Report of the Indian Hemp Drugs Commission, 1894-1895 - Volume VI
Year: 1894
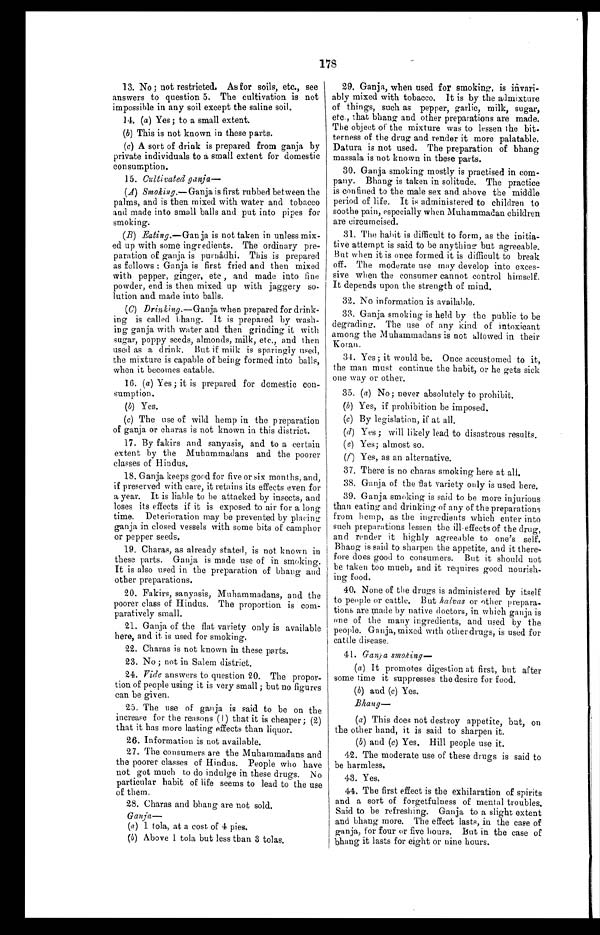
178
13. No ; not restricted. As for soils, etc., see
answers to question 5. The cultivation is not
impossible in any soil except the saline soil.
14. (a) Yes ; to a small extent.
(b) This is not known in these parts.
(c) A sort of drink is prepared from ganja by
private individuals to a small extent for domestic
consumption.
15. Cultivated ganja—
(A)
Smoking.—Ganja is first rubbed between the
palms, and is then mixed with water and tobacco
and made into small balls and put into pipes for
smoking.
(B)
Eating.—Ganja is not taken in unless mix-
ed up with some ingredients. The ordinary pre-
paration of ganja is purnâdhi. This is prepared
as follows : Ganja is first fried and then mixed
with pepper, ginger, etc , and made into fine
powder, end is then mixed up with jaggery so--
lution and made into balls.
(C)
Drinking.—Ganja when prepared for drink--
ing is called bhang. It is prepared by wash-
ing ganja with water and then grinding it with
sugar, poppy seeds, almonds, milk, etc., and then
used as a drink. But if milk is sparingly used,
the mixture is capable of being formed into balls,
when it becomes eatable.
16. (a) Yes ; it is prepared for domestic con--
sumption.
(b) Yes.
(c) The use of wild hemp in the preparation
of ganja or charas is not known in this district.
17. By fakirs and sanyasis, and to a certain
extent by the Muhammadans and the poorer
classes of Hindus.
18. Ganja keeps good for five or six months, and,
if preserved with care, it retains its effects even for
a year. It is liable to be attacked by insects, and
loses its effects if it is exposed to air for a long
time. Deterioration may be prevented by placing
ganja in closed vessels with some bits of camphor
or pepper seeds.
19. Charas, as already stated, is not known in
these parts. Ganja is made use of in smoking.
It is also used in the preparation of bhang and
other preparations.
20. Fakirs, sanyasis, Muhammadans, and the
poorer class of Hindus. The proportion is com-
paratively small.
21. Ganja of the flat variety only is available
here, and it is used for smoking.
22. Charas is not known in these parts.
23. No ; not in Salem district.
24. Vide answers to question 20. The propor-
tion of people using it is very small ; but no figures
can be given.
25. The use of ganja is said to be on the
increase for the reasons (1) that it is cheaper ; (2)
that it has more lasting effects than liquor.
26. Information is not available.
27. The consumers are the Muhammadans and
the poorer classes of Hindus. People who have
not got much to do indulge in these drugs. No
particular habit of life seems to lead to the use
of them.
28. Charas and bhang are not sold.
Ganja —
(a) 1 tola, at a cost of 4 pies.
(b) Above 1 tola but less than 3 tolas.
29. Ganja, when used for smoking, is invari-
ably mixed with tobacco. It is by the admixture
of things, such as pepper, garlic, milk, sugar,
etc., that bhang and other preparations are made.
The object of the mixture was to lessen the bit--
terness of the drug and render it more palatable.
Datura is not used. The preparation of bhang
massala is not known in these parts.
30. Ganja smoking mostly is practised in com-
pany. Bhang is taken in solitude. The practice
is confined to the male sex and above the middle
period of life. It is administered to children to
soothe pain, especially when Muhammadan children
are circumcised.
31. The habit is difficult to form, as the initia
- t i v e a t t e m p t i s s a i d t o b e a n y t h i n g b u t a g r e e a b l e .
But when it is once formed it is difficult to break
off. The moderate use may develop into exces--
sive when the consumer cannot control himself.
It depends upon the strength of mind.
32. No information is available.
33. Ganja smoking is held by the public to be
degrading. The use of any kind of intoxicant
among the Muhammadans is not allowed in their
Koran.
34. Yes ; it would be. Once accustomed to it,
the man must continue the habit, or he gets sick
one way or other.
35. (a) No ; never absolutely to prohibit.
(b) Yes, if prohibition be imposed.
(c) By legislation, if at all.
(d) Yes ; will likely lead to disastrous results.
(e) Yes ; almost so.
(f) Yes, as an alternative.
37. There is no charas smoking here at all.
38. Ganja of the flat variety only is used here.
39. Ganja smoking is said to be more injurious
than eating and drinking of any of the preparations
from hemp, as the ingredients which enter into
such preparations lessen the ill effects of the drug,
and render it highly agreeable to one's self.
Bhang is said to sharpen the appetite, and it there-
fore does good to consumers. But it should not
be taken too much, and it requires good
n o u r i s h - i n g f o o d .
40. None of the drugs is administered by itself
to people or cattle. But halvas or other prepara-
tions are made by native doctors, in which ganja is
one of the many ingredients, and used by the
people. Ganja, mixed with other drugs, is used for
cattle disease.
41. Ganja smoking
—
(a) It promotes digestion at first, but after
some time it suppresses the desire for food.
(b) and (c) Yes.
B h a n g —
(a) This does not destroy appetite, but, on
the other hand, it is said to sharpen it.
(b) and (c) Yes. Hill people use it.
42. The moderate use of these drugs is said to
be harmless.
43. Yes.
44. The first effect is the exhilaration of spirits
and a sort of forgetfulness of mental troubles.
Said to be refreshing. Ganja to a slight extent
and bhang more. The effect lasts, in the case of
ganja, for four or five hours. But in the case of
bhang it lasts for eight or nine hours.